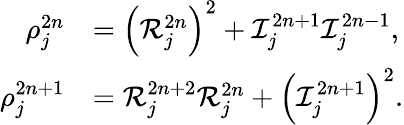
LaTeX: \begin{array}{rl}{\rho_{j}^{2n}}&{=\left({\cal R}_{j}^{2n}\right)^{2}+{\cal I}_{j}^{2n+1}{\cal I}_{j}^{2n-1},}\\ {\rho_{j}^{2n+1}}&{={\cal R}_{j}^{2n+2}{\cal R}_{j}^{2n}+\left({\cal I}_{j}^{2n+1}\right)^{2}.}\end{array}